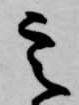
定